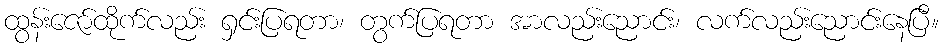
ထွန်းဇော်ထိုက်လည်း ရှင်းပြရတာ၊ တွက်ပြရတာ အာလည်းညောင်း၊ လက်လည်းညောင်းနေပြီ။